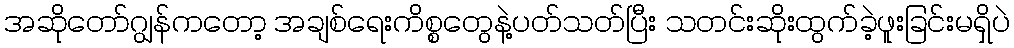
အဆိုတော်ဂျွန်ကတော့ အချစ်ရေးကိစ္စတွေနဲ့ပတ်သတ်ပြီး သတင်းဆိုးထွက်ခဲ့ဖူးခြင်းမရှိပဲ